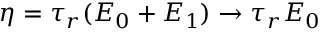
\eta = \tau _ { r } ( E _ { 0 } + E _ { 1 } ) \to \tau _ { r } E _ { 0 }